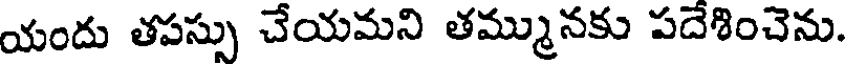
యందు తపస్సు చేయమని తమ్మునకు పదేశించెను.